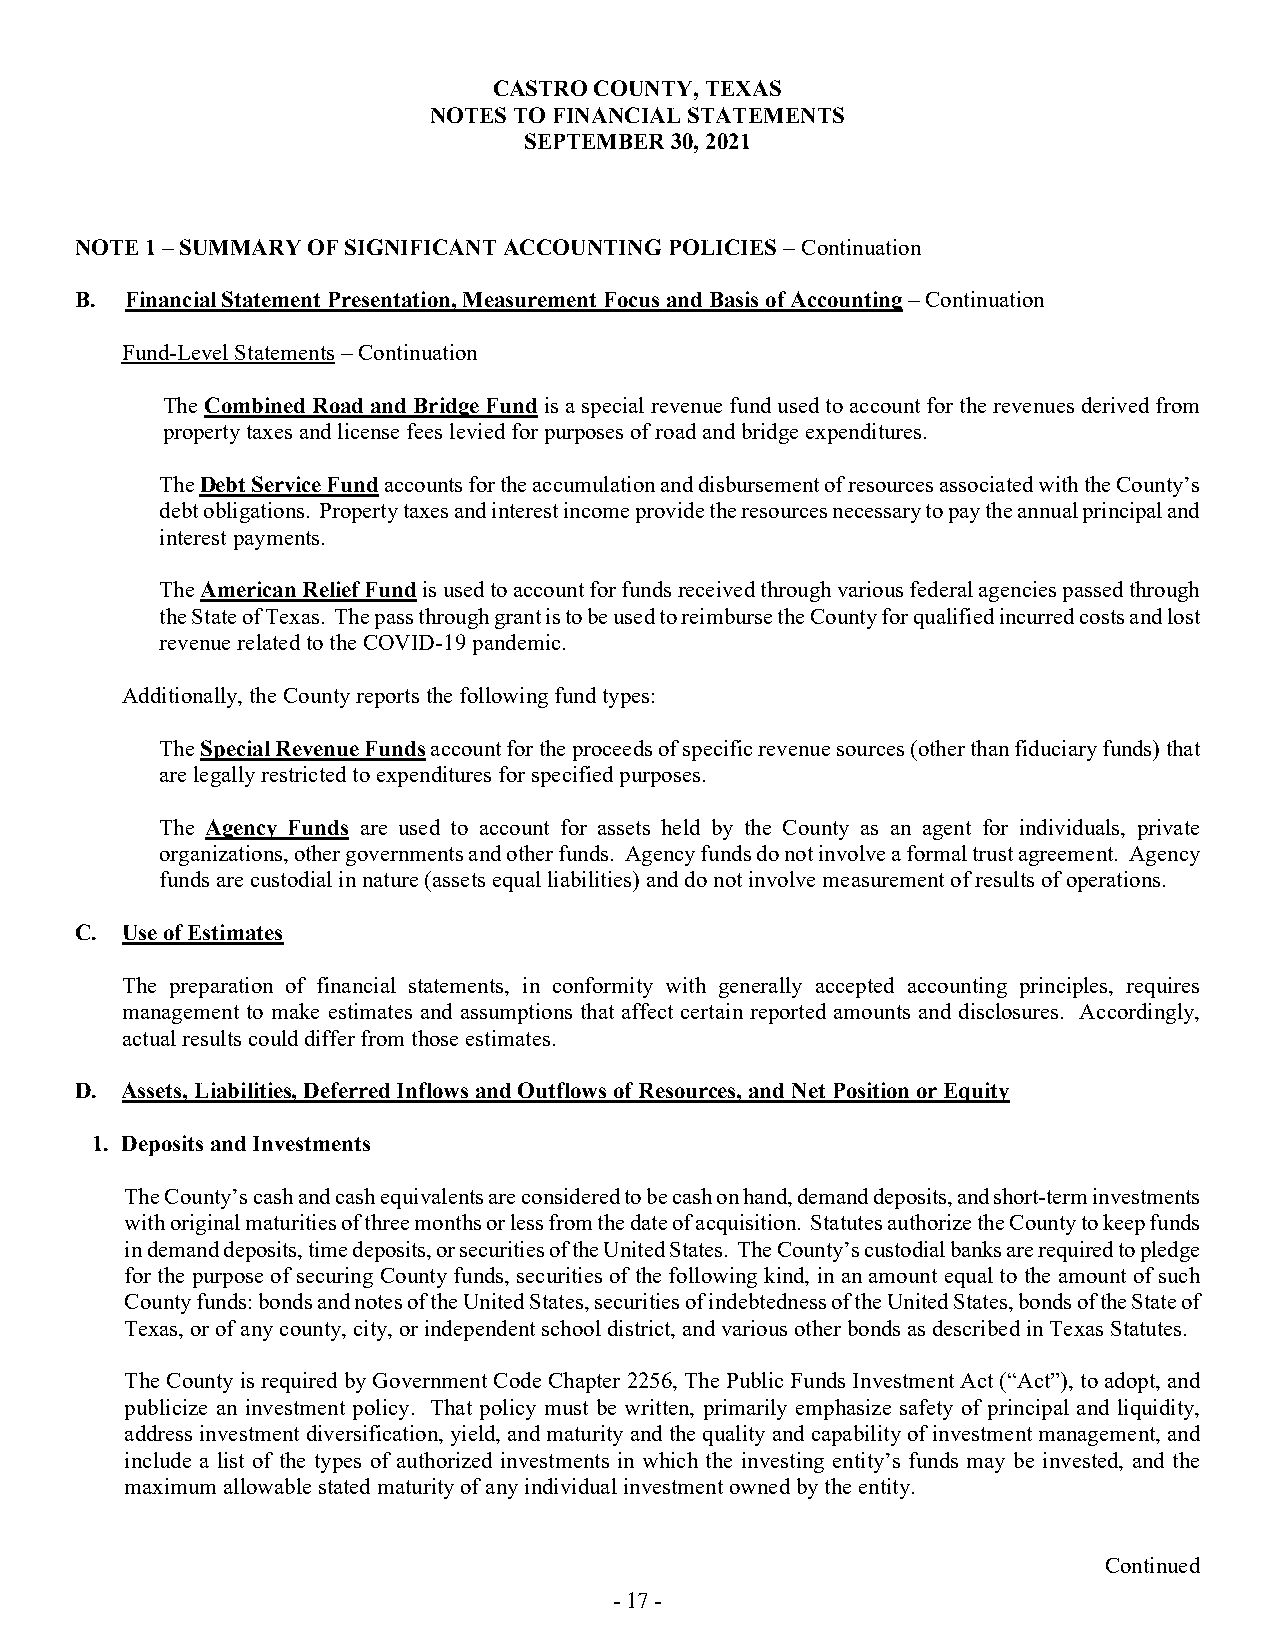
CASTRO COUNTY, TEXAS
 NOTES TO FINANCIAL STATEMENTS
 SEPTEMBER 30, 2021
 NOTE 1 – SUMMARY OF SIGNIFICANT ACCOUNTING POLICIES – Continuation
 B. Financial Statement Presentation, Measurement Focus and Basis of Accounting – Continuation
 Fund-Level Statements – Continuation
 The Combined Road and Bridge Fund is a special revenue fund used to account for the revenues derived from
 property taxes and license fees levied for purposes of road and bridge expenditures.
 The Debt Service Fund accounts for the accumulation and disbursement of resources associated with the County’s
 debt obligations. Property taxes and interest income provide the resources necessary to pay the annual principal and
 interest payments.
 The American Relief Fund is used to account for funds received through various federal agencies passed through
 the State of Texas. The pass through grant is to be used to reimburse the County for qualified incurred costs and lost
 revenue related to the COVID-19 pandemic.
 Additionally, the County reports the following fund types:
 The Special Revenue Funds account for the proceeds of specific revenue sources (other than fiduciary funds) that
 are legally restricted to expenditures for specified purposes.
 The Agency Funds are used to account for assets held by the County as an agent for individuals, private
 organizations, other governments and other funds. Agency funds do not involve a formal trust agreement. Agency
 funds are custodial in nature (assets equal liabilities) and do not involve measurement of results of operations.
 C. Use of Estimates
 The preparation of financial statements, in conformity with generally accepted accounting principles, requires
 management to make estimates and assumptions that affect certain reported amounts and disclosures. Accordingly,
 actual results could differ from those estimates.
 D. Assets, Liabilities, Deferred Inflows and Outflows of Resources, and Net Position or Equity
 1. Deposits and Investments
 The County’s cash and cash equivalents are considered to be cash on hand, demand deposits, and short-term investments
 with original maturities of three months or less from the date of acquisition. Statutes authorize the County to keep funds
 in demand deposits, time deposits, or securities of the United States. The County’s custodial banks are required to pledge
 for the purpose of securing County funds, securities of the following kind, in an amount equal to the amount of such
 County funds: bonds and notes of the United States, securities of indebtedness of the United States, bonds of the State of
 Texas, or of any county, city, or independent school district, and various other bonds as described in Texas Statutes.
 The County is required by Government Code Chapter 2256, The Public Funds Investment Act (“Act”), to adopt, and
 publicize an investment policy. That policy must be written, primarily emphasize safety of principal and liquidity,
 address investment diversification, yield, and maturity and the quality and capability of investment management, and
 include a list of the types of authorized investments in which the investing entity’s funds may be invested, and the
 maximum allowable stated maturity of any individual investment owned by the entity.
 Continued
 - 17 -